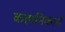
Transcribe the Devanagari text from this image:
कहानिकारों